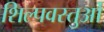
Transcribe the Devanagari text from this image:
शिल्पवस्तुओं